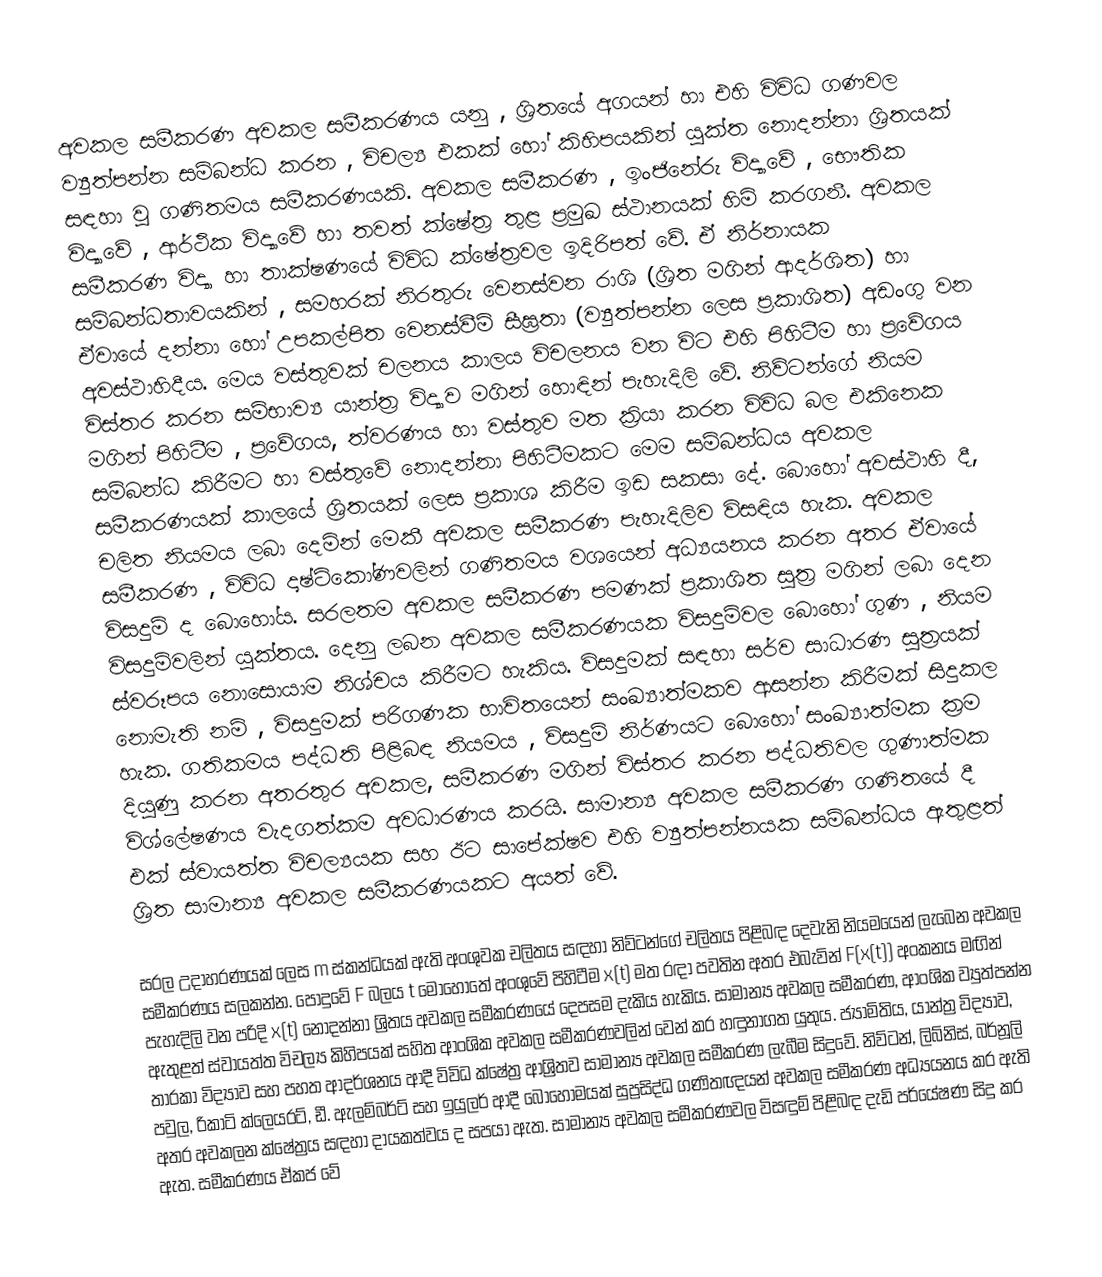
අවකල සමීකරණ අවකල සමීකරණය යනු , ශ්‍රිතයේ අගයන් හා එහි විවිධ ගණවල ව්‍යුත්පන්න සම්බන්ධ කරන , විචල්‍ය එකක්‍ හෝ කිහිපයකින් යුක්ත නොදන්නා ශ්‍රිතයක් සඳහා වු ගණිතමය සමීකරණයකි. අවකල සමීකරණ , ඉංජිනේරු විද්‍යාවේ , භෞතික විද්‍යාවේ , ආර්ථික විද්‍යාවේ හා තවත් ‍ක්ෂේත්‍ර තුළ ප්‍රමුඛ ස්ථානයක් හිමි කරගනී. අවකල සමීකරණ විද්‍යා හා තාක්ෂණයේ විවිධ ක්ෂේත්‍රවල ඉදිරිපත් වේ. ඒ නිර්නායක සම්බන්ධතාවයකින් , සමහරක් නිරතුරු වෙනස්වන රාශි (ශ්‍රිත මගින් ආදර්ශිත) හා ඒවායේ දන්නා හෝ උපකල්පිත වෙනස්වීම් සීඝ්‍රතා (ව්‍යුත්පන්න ලෙස ප්‍රකාශිත) අඩංගු වන අවස්ථාහිදීය. මෙය වස්තුවක් චලනය කාලය විචලනය වන විට එහි පිහිටීම හා ප්‍රවේගය විස්තර කරන සම්භාව්‍ය යාන්ත්‍ර විද්‍යාව මගින් හොඳින් පැහැදිලි වේ. නිව්ටන්ගේ නියම මගින් පිහිටීම , ප්‍රවේගය, ත්වරණය හා වස්තුව මත ක්‍රියා කරන විවිධ බල එකිනෙක සම්බන්ධ කිරීමට හා වස්තුවේ නොදන්නා පිහිටීමකට මෙම සම්බන්ධය අවකල සමීකරණයක් කාලයේ ශ්‍රිතයක් ලෙස ප්‍රකාශ කිරීම ඉඩ සකසා දේ. බොහෝ අවස්ථාහි දී, චලිත නියමය ලබා දෙමින් මෙකී අවකල සමීකරණ පැහැදිලිව විසඳිය හැක. අවකල සමීකරණ , විවිධ දෘෂ්ටිකෝණවලින් ගණිතමය වශයෙන් අධ්‍යයනය කරන අතර ඒවායේ විසදුම් ද බොහෝය. සරලතම අවකල සමීකරණ පමණක් ප්‍රකාශිත සූත්‍ර මගින් ලබා දෙන විසදුම්වලින් යුක්තය. දෙනු ලබන අවකල සමීකරණයක විසදුම්වල බොහෝ ගුණ , නියම ස්වරූපය නොසොයාම නිශ්චය කිරීමට හැකිය. විසදුමක් සඳහා සර්ව සාධාරණ සූත්‍රයක් නොමැති නම් , විසදුමක් පරිගණක භාවිතයෙන් සංඛ්‍යාත්මකව ආසන්න කිරීමක් සිදුකල හැක. ගතිකමය පද්ධති පිළිබඳ නියමය , විසදුම් නිර්ණයට බොහෝ සංඛ්‍යාත්මක ක්‍රම දියුණු කරන අතරතුර අවකල, සමීකරණ මගින් විස්තර කරන පද්ධතිවල ගුණාත්මක විශ්ලේෂණය වැදගත්කම අවධාරණය කරයි. සාමාන්‍ය අවකල සමීකරණ ගණිතයේ දී එක් ස්වායත්ත විචල්‍යයක සහ ඊට සාපේක්ෂව එහි ව්‍යුත්පන්නයක සම්බන්ධය ඇතුළත් ශ්‍රිත සාමාන්‍ය අවකල සමීකරණයකට අයත් වේ.

සරල උදාහරණයක් ලෙස m ස්කන්ධයක් ඇති අංශුවක චලිතය සඳහා නිව්ටන්ගේ චලිතය පිළිබඳ දෙවැනි නියමයෙන් ලැබෙන අවකල සමීකරණය සලකන්න. පොදුවේ F බලය t මොහොතේ අංශුවේ පිහිටීම x(t) මත රඳා පවතින අතර එබැවින් F(x(t)) අංකනය මඟින් පැහැදිලි වන පරිදි x(t) නොදන්නා ශ්‍රිතය අවකල සමීකරණයේ දෙපසම දැකිය හැකිය. සාමාන්‍ය අවකල සමීකරණ, ආංශික ව්‍යුත්පන්න ඇතුළත් ස්වායත්ත විචල්‍ය කිහිපයක් සහිත ආංශික අවකල සමීකරණවලින් වෙන් කර හඳුනාගත යුතුය. ජ්‍යාමිතිය, යාන්ත්‍ර විද්‍යාව, තාරකා විද්‍යාව සහ පහත ආදර්ශනය ආදී විවිධ ක්ෂේත්‍ර ආශ්‍රිතව සාමාන්‍ය අවකල සමීකරණ ලැබීම සිදුවේ. නිව්ටන්, ලිබ්නිස්, බර්නූලි පවුල, රිකාටි ක්ලෙයරට්, ඩී. ඇලම්බර්ට් සහ ඉයුලර් ආදී බොහොමයක් සුප්‍රසිද්ධ ගණිතඥයන් අවකල සමීකරණ අධ්‍යයනය කර ඇති අතර අවකලන ක්ෂේත්‍රය සඳහා දායකත්වය ද සපයා ඇත. සාමාන්‍ය අවකල සමීකරණවල විසඳුම් පිළිබඳ දැඩි පර්යේෂණ සිදු කර ඇත. සමීකරණය ඒකජ වේ